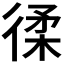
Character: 𢔟